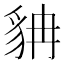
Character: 𲂤